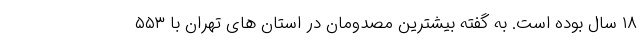
۱۸ سال بوده است. به گفته بیشترین مصدومان در استان های تهران با ۵۵۳